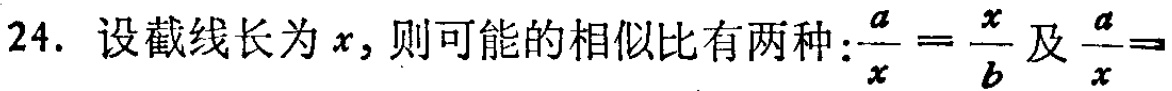
24. 设截线长为\(x\)，则可能的相似比有两种：\(\frac{a}{x}=\frac{x}{b}\)及\(\frac{a}{x}=\)